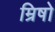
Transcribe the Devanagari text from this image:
म्रिषो